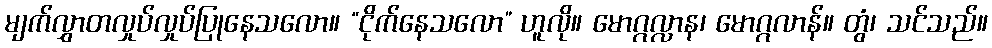
မျက်လွှာတလှုပ်လှုပ်ပြုနေသလော။ “ငိုက်နေသလော” ဟူလို။ မောဂ္ဂလ္လာန၊ မောဂ္ဂလာန်။ တွံ၊ သင်သည်။